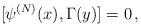
LaTeX: \begin{align*}[\psi^{(N)}(x), \Gamma(y)] =0\,,\end{align*}